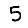
Digit: 5